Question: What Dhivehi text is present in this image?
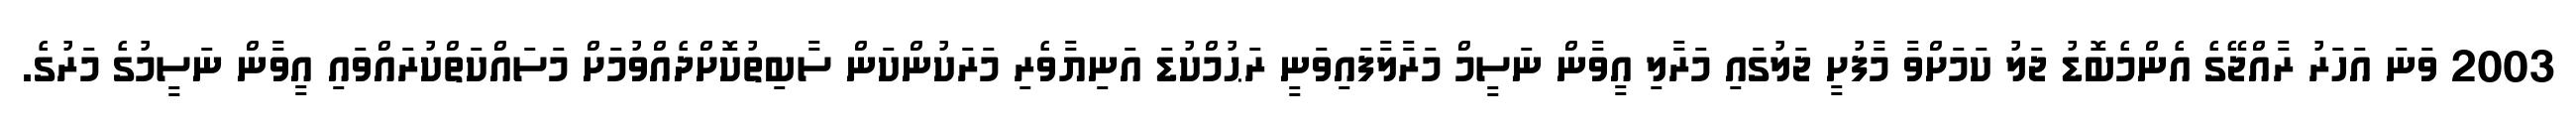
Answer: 2003 ވަނަ އަހަރު ރާއްޖޭގެ އެންމެބޮޑު ޖަލު ކަމަށްވާ މާފުށީ ޖަލުގައި މަރާލި އީވާން ނަސީމް މަރާލާފައިވަނީ ރަޙުމްކުޑަ އަނިޔާވެރި މަރަކުންކަން ސާބިތުކޮށްދެއްވުމަށް މަސައްކަތްކުރައްވައި އީވާން ނަސީމުގެ މަރުގެ.